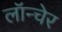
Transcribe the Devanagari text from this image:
लॉन्चेर